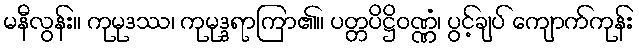
မနီလွန်း။ ကုမုဒဿ၊ ကုမုဒ္ဒရာကြာ၏။ ပတ္တပိဋ္ဌိဝဏ္ဏံ၊ ပွင့်ချပ် ကျောက်ကုန်း